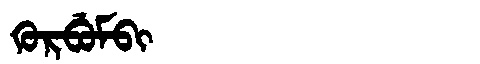
Manchu: ᡴᡠᡵᠪᡠᠮᠪᡳ
Romanization: KURBUMBI